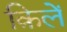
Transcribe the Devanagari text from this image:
क़िलें